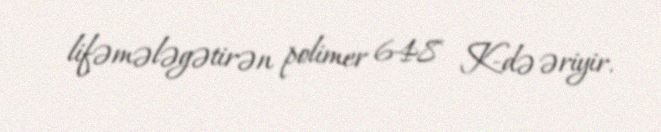
lifəmələgətirən polimer 648 K-də əriyir.